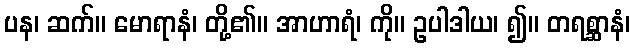
ပန၊ ဆက်။ မောရာနံ၊ တို့၏။ အာဟာရံ၊ ကို။ ဥပါဒါယ၊ ၍။ တရစ္ဆာနံ၊